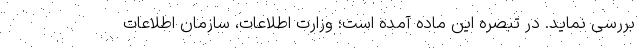
بررسی نماید. در تبصره این ماده آمده است؛ وزارت اطلاعات، سازمان اطلاعات